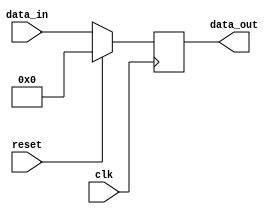
module sample_module (
    input wire clk,
    input wire reset,
    input wire [7:0] data_in,
    output reg [7:0] data_out
);

    always @(posedge clk) begin
        if (reset) begin
            data_out <= 8'b0;
        end else begin
            data_out <= data_in;
        end
    end

endmodule